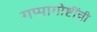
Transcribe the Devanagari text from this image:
गप्पागोष्टींची